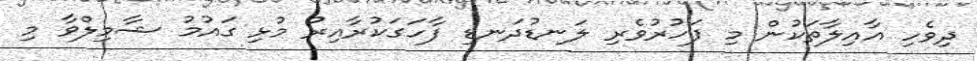
ދިވެހި އާއިލާތަކުން މި ފަހުރުވެރި ލަނޑުދަނޑި ފާހަގަކުރާއިރު މުޅި ގައުމު ޝާމިލްވާ މި